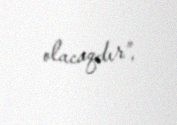
olacaqdır”.